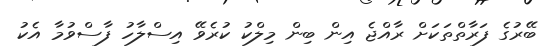
ބޭރުގެ ފަރާތްތަކަށް ރާއްޖެ އިން ބިން މިލްކު ކުރެވޭ އިސްލާހު ފާސްވުމާ އެކު